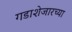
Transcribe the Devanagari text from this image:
गडाशेजारच्या